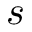
s